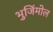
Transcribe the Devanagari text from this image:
भुजिंमोल